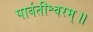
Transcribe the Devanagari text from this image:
पार्वतीश्वरम्॥